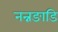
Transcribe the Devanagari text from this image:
नन्नङाडि